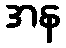
အန